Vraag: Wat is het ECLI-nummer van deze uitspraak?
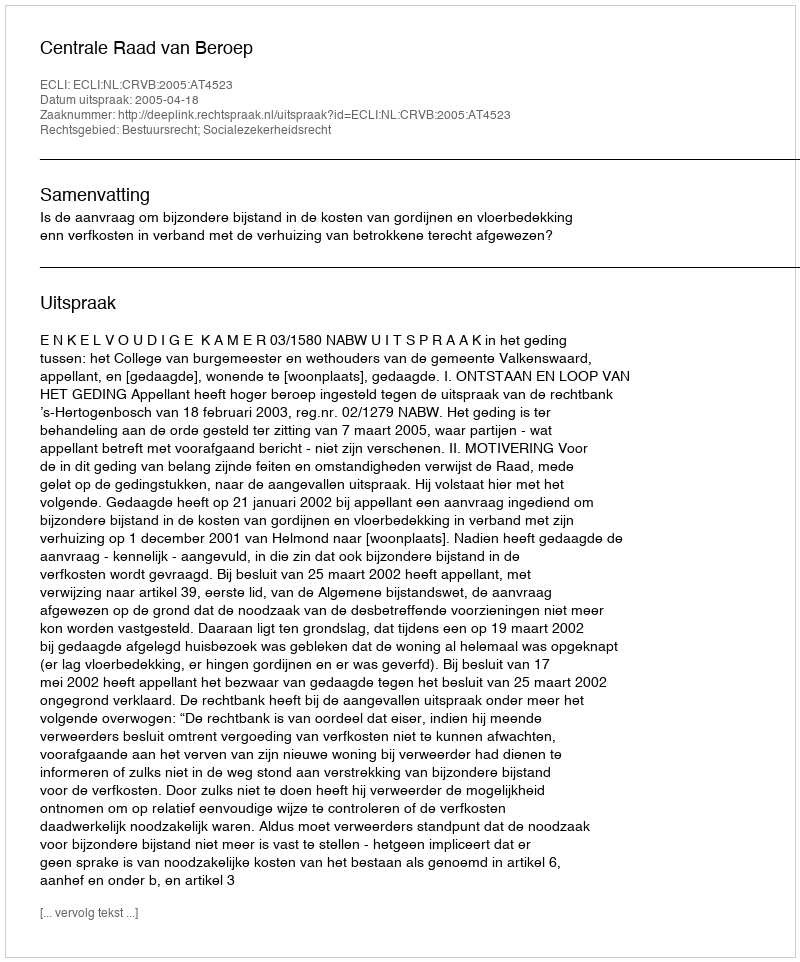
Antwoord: ECLI:NL:CRVB:2005:AT4523